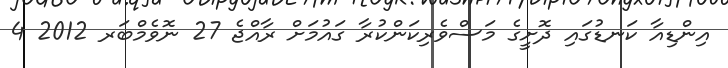
އިންޑިއާ ކަނޑުގައި ދޮށީގެ މަސްވެރިކަންކުރާ ގައުމަށް ރާއްޖެ 27 ނޮވެމްބަރ 2012 4